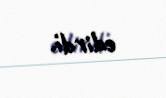
edirdi.